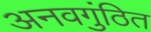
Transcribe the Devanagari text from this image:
अनवगुंठित